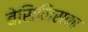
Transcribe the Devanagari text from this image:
बेसिलिसका